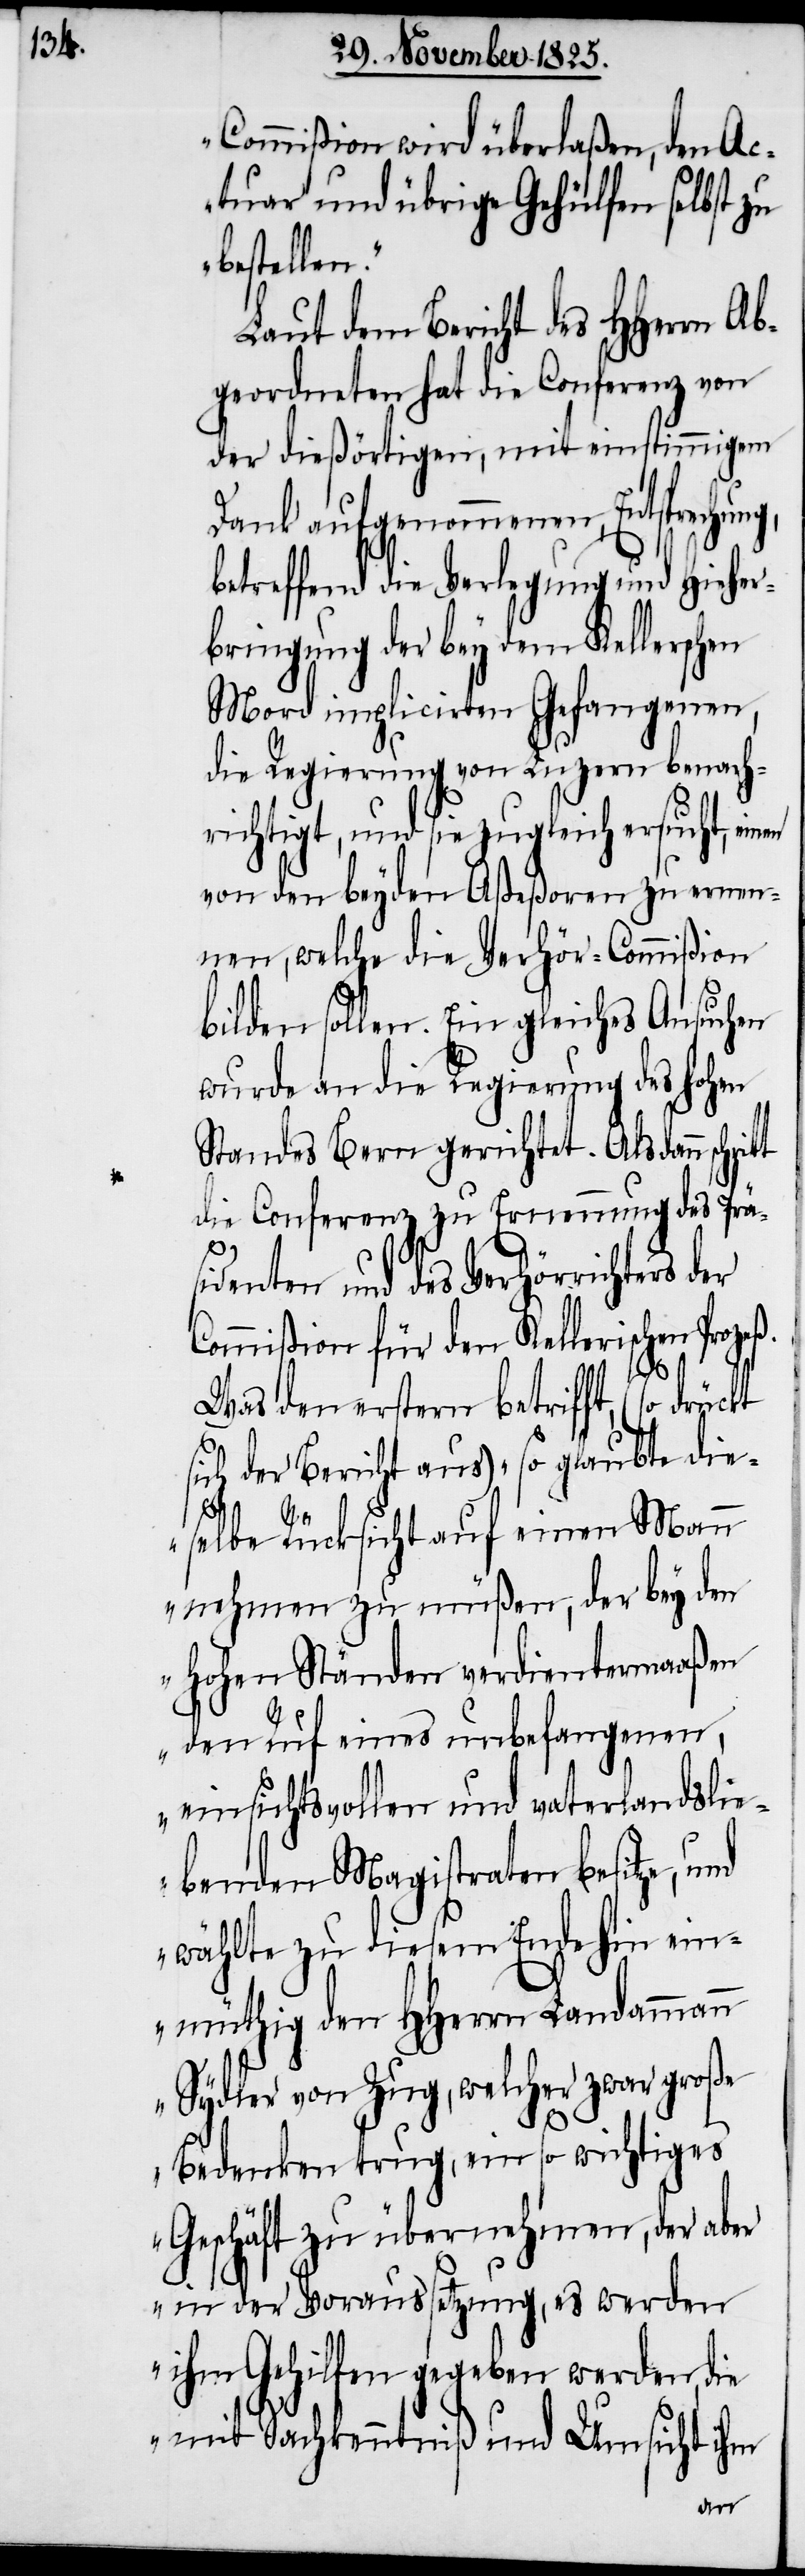
Commißion wird überlaßen, den Ac¬
tuar und übrige Gehülfen selbst zu
bestellen.“
Laut dem Bericht des HHerrn Ab¬
geordneten hat die Conferenz von
der dießörtigen, mit einstimmigem
Dank aufgenommenen, Entsprechung,
betreffend die Verlegung und Hieher¬
bringung der bey dem Kellerschen
Mord implicirten Gefangenen,
die Regierung von Luzern benach¬
richtigt, und sie zugleich ersucht, einen
von den beyden Aßeßoren zu ernen¬
nen, welche die Verhör-Commißion
bilden sollen. Ein gleiches Ansuchen
wurde an die Regierung des hohen
Standes Bern gerichtet. Als dann
die Conferenz zu Ernennung des Prä¬
sidenten und des Verhörrichters der
Commißion für den Kellerischen Prozeß.
Was den erstern betrifft, (so drückt
sich der Bericht aus) „so glaubte die¬
selbe Rücksicht auf einen Mann
nehmen zu müßen, der bey den
hohen Ständen verdientermaaßen
den Ruf eines unbefangenen,
einsichtsvollen und vaterlandslie¬
benden Magistraten besitze, und
wählte zu diesem Ende hin ein¬
müthig den HHerrn Landammann
Sydler von Zug, welcher zwar große
Bedenken trug, ein so wichtiges
Geschäft zu übernehmen, der aber
in der Voraussetzung, es werden
ihm Gehilfen gegeben werden, die
mit Sachkenntniß und Umsicht ihm